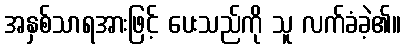
အနှစ်သာရအားဖြင့် ပေးသည်ကို သူ လက်ခံခဲ့၏။